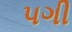
પગી